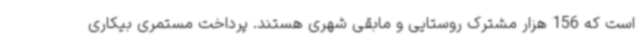
است که 156 هزار مشترک روستایی و مابقی شهری هستند. پرداخت مستمری بیکاری